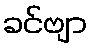
ခင်ဗျာ